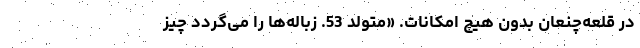
در قلعه‌چنعان بدون هیچ امکانات. «متولد 53. زباله‌ها را می‌گردد چیز